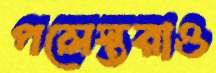
পলেস্তরাও